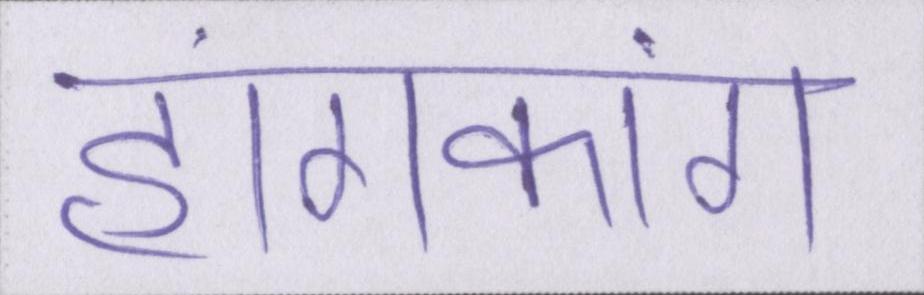
हांगकांग